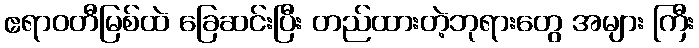
ဧရာဝတီမြစ်ထဲ ခြေဆင်းပြီး တည်ထားတဲ့ဘုရားတွေ အများ ကြီး